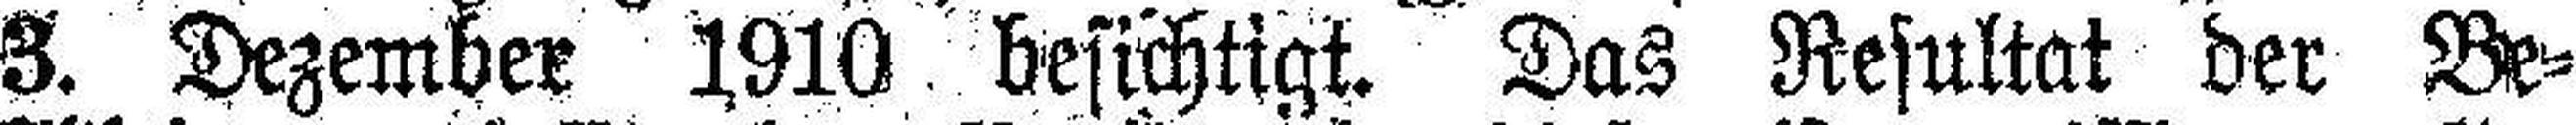
3. Dezember 1910 besichtigt. Das Resultat der Be¬